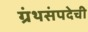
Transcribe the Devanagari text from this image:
ग्रंथसंपदेची